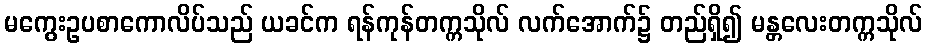
မကွေးဥပစာကောလိပ်သည် ယခင်က ရန်ကုန်တက္ကသိုလ် လက်အောက်၌ တည်ရှိ၍ မန္တလေးတက္ကသိုလ်